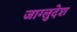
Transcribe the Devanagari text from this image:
जाग्लुदेश